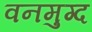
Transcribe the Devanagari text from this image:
वनमुग्द